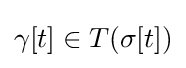
\gamma [t]\in T(\sigma [t])